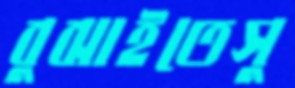
বুঝাইতেসু